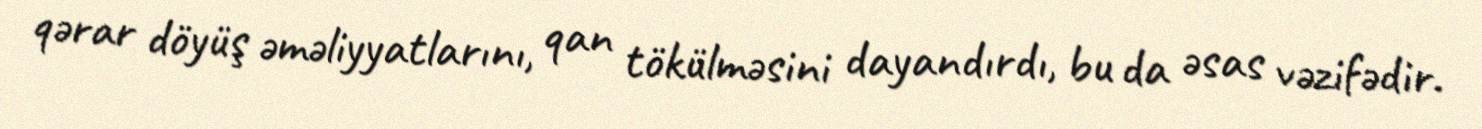
qərar döyüş əməliyyatlarını, qan tökülməsini dayandırdı, bu da əsas vəzifədir.